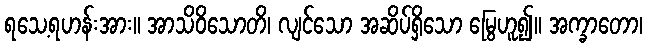
ရသေ့ရဟန်းအား။ အာသိဝိသောတိ၊ လျင်သော အဆိပ်ရှိသော မြွေဟူ၍။ အက္ခာတော၊